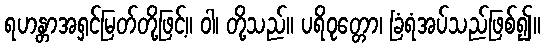
ရဟန္တာအရှင်မြတ်တို့ဖြင့်။ ဝါ၊ တို့သည်။ ပရိဝုတ္တော၊ ခြံရံအပ်သည်ဖြစ်၍။